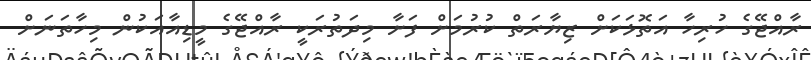
ރާއްޖޭގެ ހުރިހާ އަތޮޅަކަށް ޒިޔާރަތް ކުރުމަށް ފަށާ މިދަތުރަކީ ރާއްޖޭގެ މީޑިއާއަކުން މިހާތަނަށް